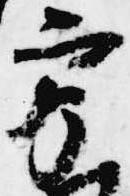
方